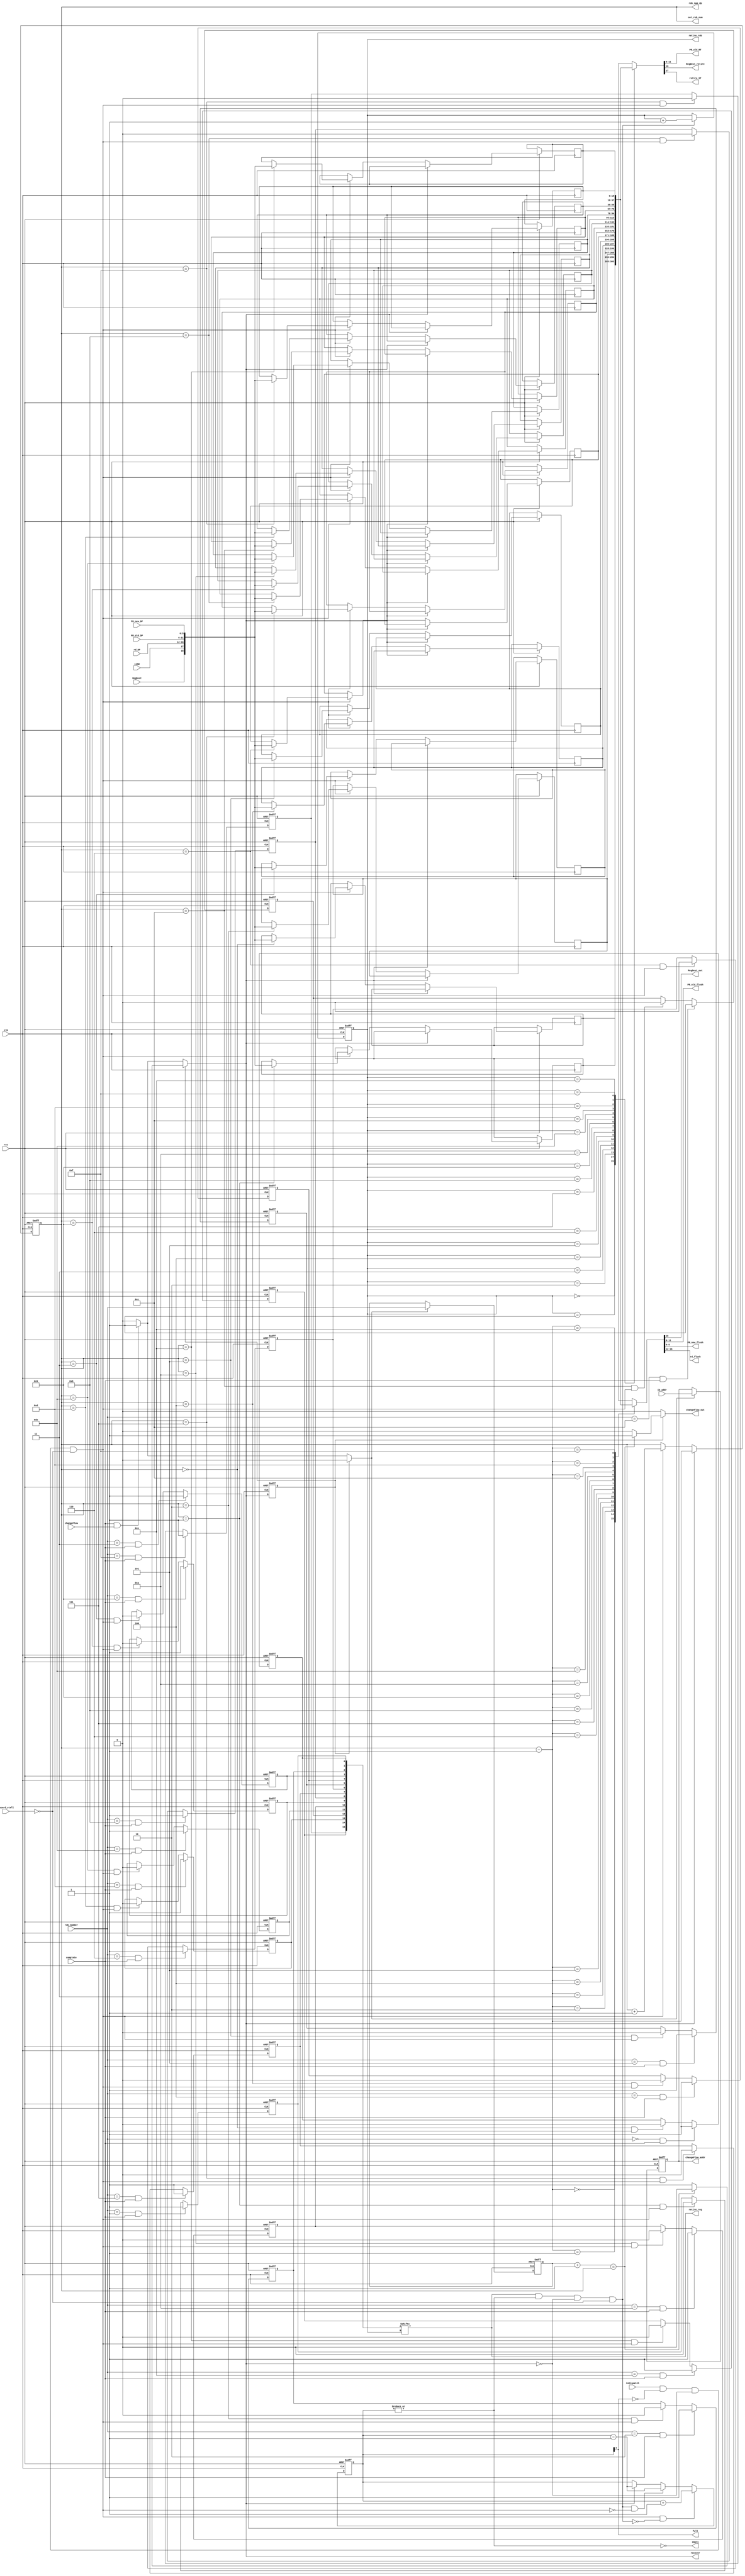
//re-order buffer did three things
//In dispatch, unless ROB is full, allocate new ROB entry for incoming instruction at tail, increase the tail
  //during the recovery time (when dec_tail|recover is 1), the ROB will not allocate new entry for instructions in dispatch stage
//In complete, if the completed instruction is not a branch. The ROB entry indexed by rob_number will be marked as complete.
  //if it is a branch misprediction or jump, stall all things (flush IF/DP) in the first cycle (when stall_recover is high), 
  //decrease the tail by 1 (since the tail points to next allocated instr, cannot recover from tail entry). Then, 
  //assert the recover signal, all data(PR_old, PR_new, rd) are ready, during the time recover is high, flush RS entry (ROB# match),
  //flush MT, FL, LSQ (all for ROB# match), flush IS/EX(if ROB# match), EX/CMP(ROB# match). If ROB# doesn't match, stall that block.
  //after recover becomes low, the changeFlow_out becomes 1 for 1 cycle, thus PC changes to correct PC, changeFlow also flush the IF/DP
   //when recover is low, other parts are allowed to go (MT,RS,FL will not allocate since the IF/DP is NOP, however some instructions
   //might still in IS/EX or EX/CMP, let them go
module reorder_buffer(
    input rst, clk,
    input isDispatch, //serve as the write enable of FIFO
    input isSW,   //
    input RegDest,    //stored for roll back, if it is 1, MT and FL need to be restored
    input [5:0] PR_old_DP, //from map table, the previous PR#
    input [5:0] PR_new_DP,
    input [4:0] rd_DP, //architectural destinatioMn register

    input complete,    //from complete stage, if there is intruction completes
    input [3:0] rob_number,  //from the complete stage, used to set complete bit
    input [31:0] jb_addr,    //from complete stage
    input changeFlow,   //asserted if branch-misprediction or jump, from complete, start the state machine

    input hazard_stall,   //stall because of structure hazard, won't allocate new entry

    output [3:0] rob_num_dp, //rob number in dispatch stage

    output [5:0] PR_old_RT,  //PR_old to be retired
    output RegDest_retire,     //only if the instruction write register, the PR_old is returned to MT and FL
    output retire_reg,  //read enable signal of FIFO
    output retire_ST,
    output [3:0] retire_rob,   //for load/store queue, indicate which ROB entry is retired
    output full, empty,   

    output RegDest_out,
    output [5:0] PR_old_flush,
    output [5:0] PR_new_flush,
    output [4:0] rd_flush,
    output [3:0] out_rob_num,  //for recovery, provide the current ROB number for FL, MT, RS
    output reg changeFlow_out,   //asserted for one cycle after all recovery works done
    output reg [31:0] changeFlow_addr,
    output reg recover          //recover signal, inform RS, MT, FL, LSQ, IS/EX, EX/CMP to flush(ROB# match) or stall (ROB# not match)
);

reg [18:0] rob [0:15];  //[18]: RegDest, (whether bet PR back to MT and FL) [17]: isSW, [16:12]rd, [11:6] pr_old, [5:0] pr_new
reg [15:0] complete_array;



/////////////////////////////////////////////Synch FIFO structure///////////////////////////////////////////
reg [3:0] head, tail;
reg dec_tail;  //for recovery
assign rob_num_dp = tail;

wire read, write;
//no read or write of ROB during recovery
assign write = isDispatch && !full && !recover && !hazard_stall;
assign read = retire_reg && !empty && !recover && !hazard_stall;
//head logic
always @(posedge clk or negedge rst) begin
    if (!rst) begin
        head <= 4'h0;
    end
    else if (read) begin
        head <= head + 1;
    end
end

assign retire_reg = complete_array[head];   //if the head is complete, retire it
assign PR_old_RT = rob[head][11:6];      //the PR returned to free list
assign retire_ST = rob[head][17];       //tell SQ now a load/store is retired
assign RegDest_retire = rob[head][18];
assign retire_rob = head;

//tail logic
always @(posedge clk or negedge rst) begin
    if (!rst)
        tail <= 4'h0;
    else if (dec_tail)
        tail <= tail - 1;   //when decreasing tail, the ROB will not accept new instructions
    else if (write) begin
        tail <= tail + 1;
        rob[tail] <= {RegDest, isSW, rd_DP, PR_old_DP, PR_new_DP};
    end
end

//Synch FIFO counter
reg [4:0] status_cnt;
always @(posedge clk or negedge rst) begin
    if (!rst) 
        status_cnt <= 4'h0;
    else if (write && !read)   //write but not read
        status_cnt <= status_cnt + 1;
    else if (read && !write)  //read but not write
        status_cnt <= status_cnt - 1;
    else if (dec_tail)
        status_cnt <= status_cnt - 1;
end

assign full = status_cnt[4];  //if counter = 16, the FIFO is full
assign empty = ~(|status_cnt);

///////////////////////////////////////////////////end of synch FIFO///////////////////////////////////////////////////


//////////////////////////////complete part////////////////////////////////////

reg [3:0] branch_rob;
reg store_jb_addr;
genvar i;
generate for (i = 0; i < 16; i = i + 1) begin : complete_part
    always @(posedge clk or negedge rst) begin
        if (!rst) 
            complete_array[i] <= 0;
        else if (rob_number == i && complete) 
            complete_array[i] <= 1'b1;    //ROB# cannot equal to tail
        else if (tail == i && write)
            complete_array[i] <= 1'b0;   //reset complete bit when allocate a new entry
    end
end
endgenerate

//changeFlow address and ROB number for branch/jump
always @(posedge clk or negedge rst) begin
    if (!rst) begin
        changeFlow_addr <= 0;
        branch_rob <= 0;
    end
    else if (store_jb_addr) begin
        changeFlow_addr <= jb_addr;
        branch_rob <= rob_number;   //store the ROB# of branch when here comes a branch
    end
end
//////////////////////////////end of complete part/////////////////////////////////////

assign out_rob_num = tail;  //may need to store ROB number in RS, when completing instructions can index the ROB to set
                            //during recovery, this number is also used for indexing the flush entry
localparam IDLE = 1'b0;
localparam REC = 1'b1;

reg state, nstate;

always @(posedge clk or negedge rst) begin
    if (!rst) 
        state <= IDLE;
    else
        state <= nstate;
end

wire recover_end = (branch_rob + 1 == tail);
always @(*) begin
    nstate = IDLE;
    dec_tail = 0;
    recover = 0;
    store_jb_addr = 0;
    changeFlow_out = 0;

    case (state) 
     IDLE: begin
         if(complete && changeFlow) begin
             nstate = REC;
             dec_tail = 1;
             recover = 1;
             store_jb_addr = 1;
         end
         else
             nstate = IDLE;
     end
     default: begin                  //recover
         if(recover_end) begin
            nstate = IDLE;
            changeFlow_out = 1;
         end
         else begin
            nstate = REC;
            dec_tail = 1;
            recover = 1;
         end
     end
    endcase
end

//[16:12]rd, [11:6] t_old, [5:0] t_new
assign rd_flush = rob[tail-1][16:12];
assign PR_old_flush = rob[tail-1][11:6];
assign PR_new_flush = rob[tail-1][5:0];
assign RegDest_out = rob[tail-1][18];
//out_rob_tail assigned before, since it is used both in recovery and normal dispatch
endmodule